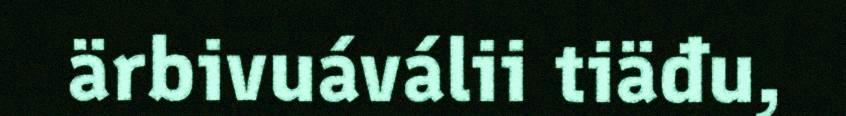
ärbivuáválii tiäđu,